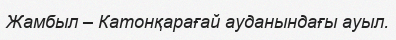
Жамбыл – Катонқарағай ауданындағы ауыл.